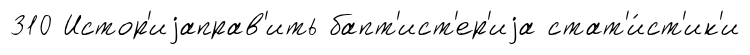
310 Истор'иjаправ'ить бапт'ист'ер'иjа стат'и́ст'ик'и